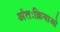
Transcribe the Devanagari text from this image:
अंतःक्रियाओ